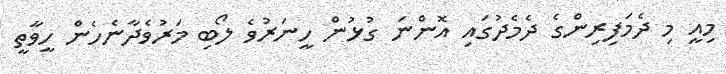
މިއީ މި ދެމަފިރިންގެ ދެމެދުގައި އޮންނަ ގުޅުން ހީނަރުވެ ލޯބި މަރުވެދާނެހެން ހީވާތީ